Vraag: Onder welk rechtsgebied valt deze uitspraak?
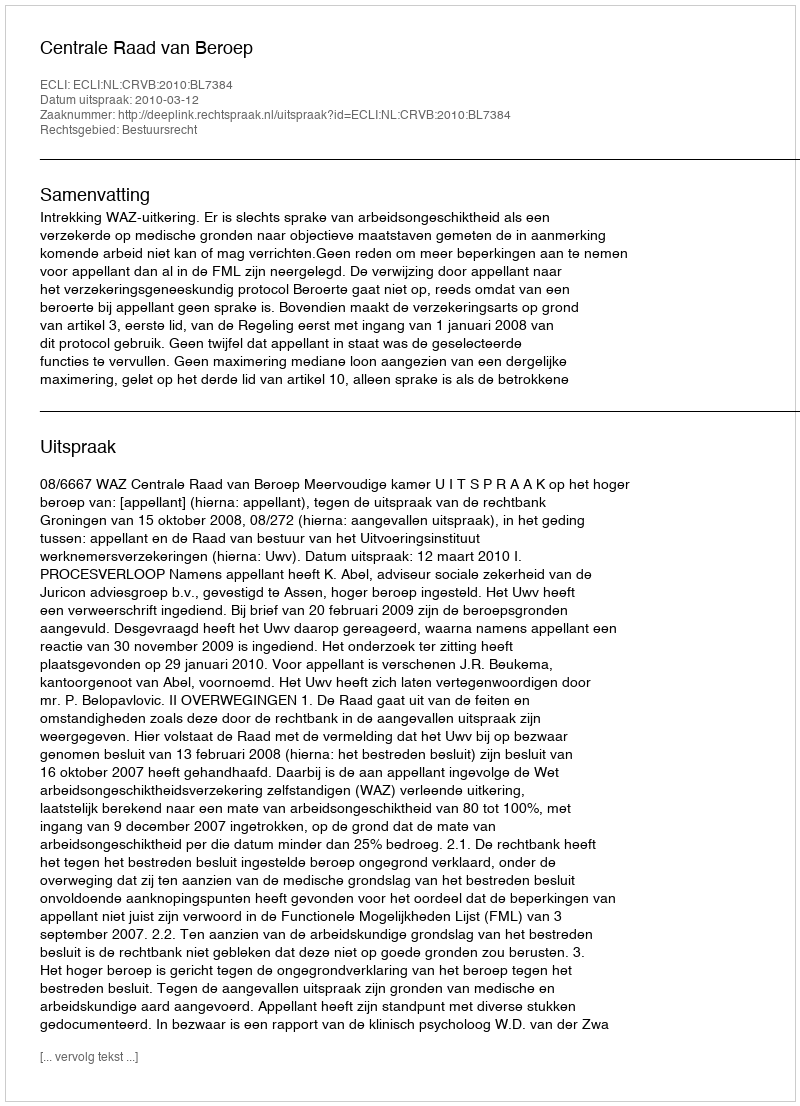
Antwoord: Bestuursrecht